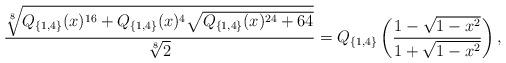
LaTeX: \begin{align*}\frac{\sqrt[8]{Q_{\{1,4\}}(x)^{16}+Q_{\{1,4\}}(x)^4\sqrt{Q_{\{1,4\}}(x)^{24}+64} }}{\sqrt[8]{2}}=Q_{\{1,4\}}\left(\frac{1-\sqrt{1-x^2}}{1+\sqrt{1-x^2}}\right),\end{align*}